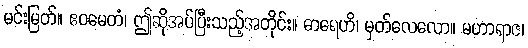
မင်းမြတ်။ ဧဝမေတံ၊ ဤဆိုအပ်ပြီးသည့်အတိုင်း။ ဓာရေဟိ၊ မှတ်လေလော။ မဟာရာဇ၊